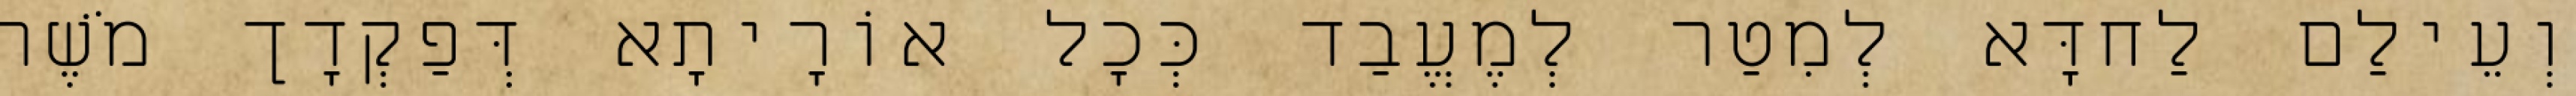
וְעֵילַם לַחדָּא לְמִטַר לְמֶעֱבַד כְּכָל אוֹרָיתָא דְּפַקְדָך מֹשֶׁה